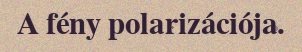
A fény polarizációja.